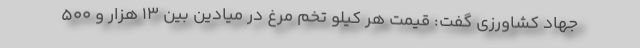
جهاد کشاورزی گفت: قیمت هر کیلو تخم مرغ در میادین بین ۱۳ هزار و ۵۰۰